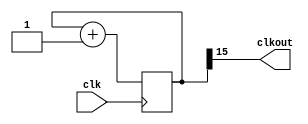
`timescale 1ns / 1ps

module clkdiv(
    input clk,
    output clkout
    );

reg [15:0] counter = 0;

assign clkout = counter[15];

always @(posedge clk)
	counter <= counter+1;
    
endmodule